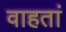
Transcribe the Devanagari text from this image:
वाहतां